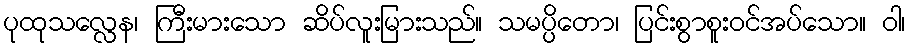
ပုထုသလ္လေန၊ ကြီးမားသော ဆိပ်လူးမြားသည်။ သမပ္ပိတော၊ ပြင်းစွာစူးဝင်အပ်သော။ ဝါ၊